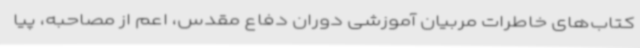
کتاب‌های خاطرات مربیان آموزشی دوران دفاع مقدس، اعم از مصاحبه، پیا